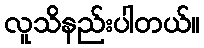
လူသိနည်းပါတယ်။